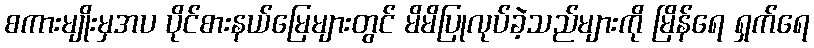
စကားမျိုးမှအပ ပိုင်စားနယ်မြေများတွင် မိမိပြုလုပ်ခဲ့သည်များကို မြိန်ရေ ရှက်ရေ